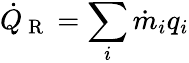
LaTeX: \dot{Q}_{\mathrm{~R~}}=\sum_{i}\dot{m}_{i}q_{i}